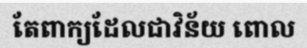
តែពាក្យដែលជាវិន័យ ពោល